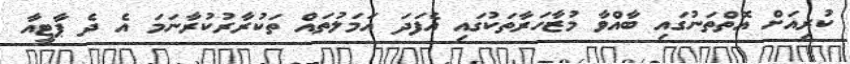
ކުރިއަށް އޮތްތަނުގައި ބާއްވާ މުޒާހަރާތަކުގައި އެފަދަ އަމަލުތައް ތަކުރާރުކުރާނަމަ އެ ދެ ޕާޓީއާ